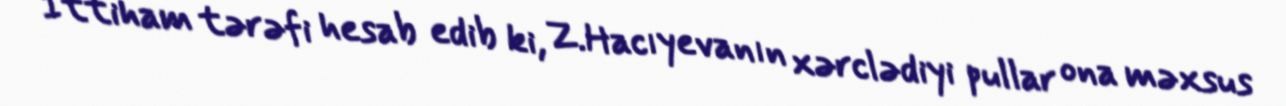
İttiham tərəfi hesab edib ki, Z.Hacıyevanın xərclədiyi pullar ona məxsus